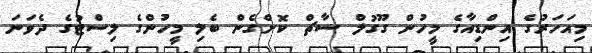
މިއަހަރުގެ އިންޑިއާގެ މީހުން ގޫގުލް ސާޗް ކޮށްގެން ބެލި މީހުންގެ ލިސްޓުގެ ދެވަނަ